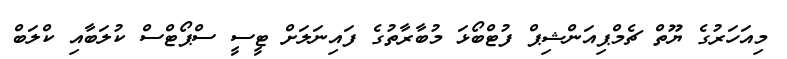
މިއަހަރުގެ ޔޫތް ޗެމްޕިއަންޝިޕް ފުޓްބޯޅަ މުބާރާތުގެ ފައިނަލަށް ޓީސީ ސްޕޯޓްސް ކުލަބާއި ކްލަބް